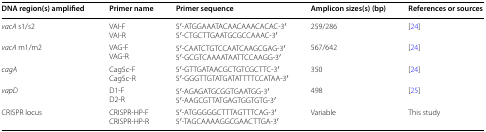
<table><thead><tr><td><b>DNA region(s) amplified</b></td><td><b>Primer name</b></td><td><b>Primer sequence</b></td><td><b>Amplicon sizes(s) (bp)</b></td><td><b>References or sources</b></td></tr></thead><tbody><tr><td><i>vacA</i> s1/s2</td><td>VAI-FVAI-R</td><td>5′-ATGGAAATACAACAAACACAC-3′5′-CTGCTTGAATGCGCCAAAC-3′</td><td>259/286</td><td>[24]</td></tr><tr><td><i>vacA</i> m1/m2</td><td>VAG-FVAG-R</td><td>5′-CAATCTGTCCAATCAAGCGAG-3′5′-GCGTCAAAATAATTCCAAGG-3′</td><td>567/642</td><td>[24]</td></tr><tr><td><i>cagA</i></td><td>Cag5c-FCag5c-R</td><td>5′-GTTGATAACGCTGTCGCTTC-3′5′-GGGTTGTATGATATTTTCCATAA-3′</td><td>350</td><td>[24]</td></tr><tr><td><i>vapD</i></td><td>D1-FD2-R</td><td>5′-AGAGATGCGGTGAATGG-3′5′-AAGCGTTATGAGTGGTGTG-3′</td><td>498</td><td>[25]</td></tr><tr><td>CRISPR locus</td><td>CRISPR-HP-FCRISPR-HP-R</td><td>5′-ATGGGGGCTTTAGTTTCAG-3′5′-TAGCAAAAGGCGAACTTGA-3′</td><td>Variable</td><td>This study</td></tr></tbody></table>